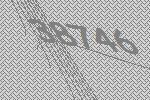
38746